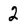
Character: 2